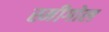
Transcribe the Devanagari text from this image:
स्मीगोल